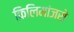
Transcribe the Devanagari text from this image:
किलिमांजरो